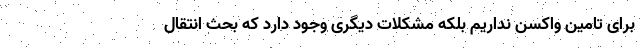
برای تامین واکسن نداریم بلکه مشکلات دیگری وجود دارد که بحث انتقال